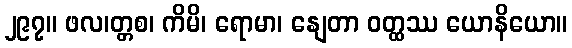
၂၉၇။ ဖလ၊တ္တစ၊ ကိမိ၊ ရောမာ၊ နျေတာ ဝတ္ထဿ ယောနိယော။